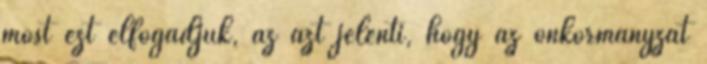
most ezt elfogadjuk, az azt jelenti, hogy az önkormányzat